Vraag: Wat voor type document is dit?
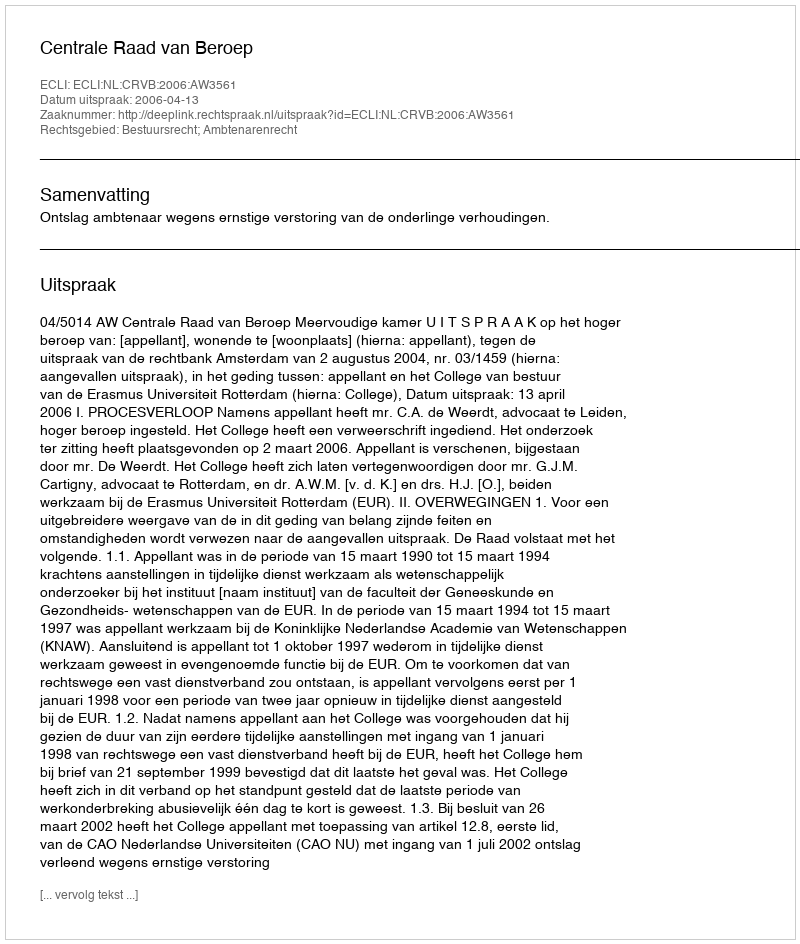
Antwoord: Uitspraak